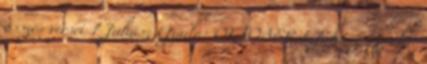
összes versei 1 Juhász Gyula: OKTÓBER 1 Juhász Gyula: